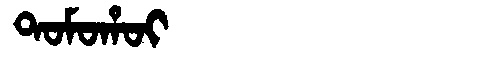
Manchu: ᡨᠣᠮᠣᡥᠣᡳ
Romanization: TOMOHOI